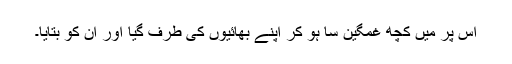
اس پر مَیں کچھ غمگین سا ہو کر اپنے بھائیوں کی طرف گیا اور اُن کو بتایا۔